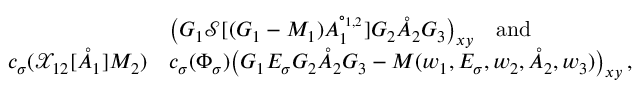
\begin{array} { r l } & { \big ( G _ { 1 } \mathcal { S } [ ( G _ { 1 } - M _ { 1 } ) A _ { 1 } ^ { \circ _ { 1 , 2 } } ] G _ { 2 } \mathring { A } _ { 2 } G _ { 3 } \big ) _ { \boldsymbol { x } \boldsymbol { y } } \quad \mathrm { a n d } } \\ { c _ { \sigma } ( \mathcal { X } _ { 1 2 } [ \mathring { A } _ { 1 } ] M _ { 2 } ) } & { c _ { \sigma } ( \Phi _ { \sigma } ) \big ( G _ { 1 } E _ { \sigma } G _ { 2 } \mathring { A } _ { 2 } G _ { 3 } - M ( w _ { 1 } , E _ { \sigma } , w _ { 2 } , \mathring { A } _ { 2 } , w _ { 3 } ) \big ) _ { \boldsymbol { x } \boldsymbol { y } } \, , } \end{array}